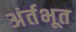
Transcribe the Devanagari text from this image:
अंर्तभूत